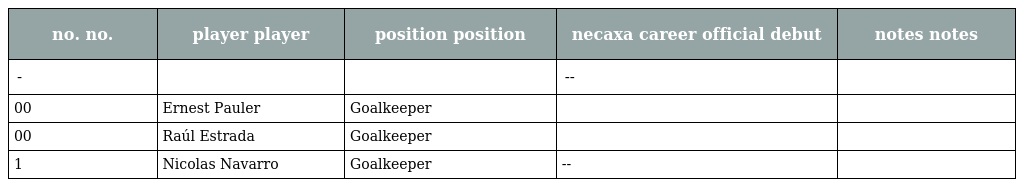
| no. no. | player player | position position | necaxa career official debut | notes notes |
 | --- | --- | --- | --- | --- |
 | - |  |  | -- |  |
 | 00 | Ernest Pauler | Goalkeeper |  |  |
 | 00 | Raúl Estrada | Goalkeeper |  |  |
 | 1 | Nicolas Navarro | Goalkeeper | -- |  |